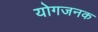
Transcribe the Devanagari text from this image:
योगजनक